Vaccination Hyderabad 1890-1903 - 1890-1903
Year: 1890
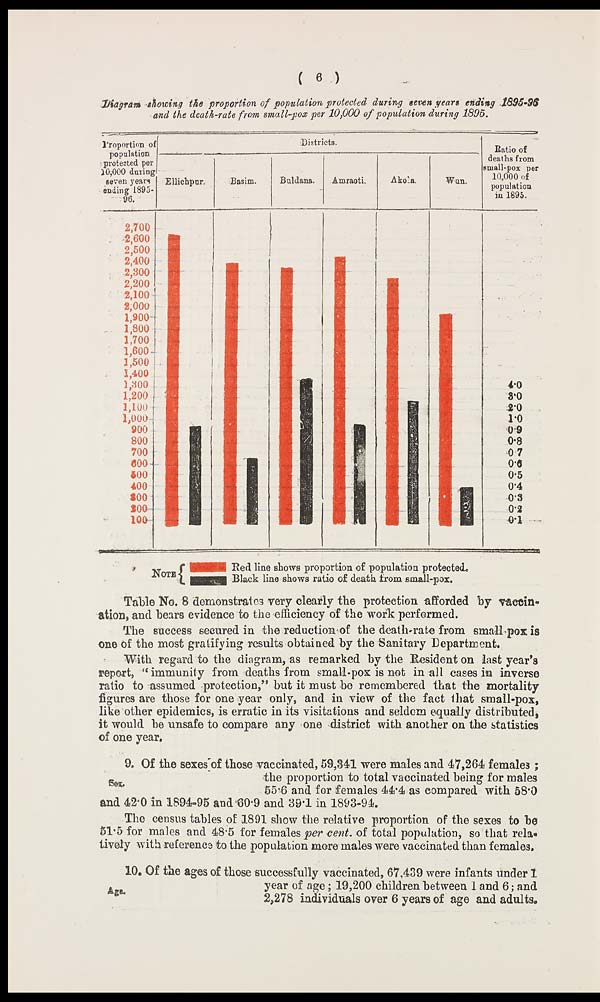
( 6 )
Diagram showing the proportion of population protected during seven years ending 1895-96
and the death-rate from small-pox per 10,000 of population during 1895.
Table No. 8 demonstrates very clearly the protection afforded by vaccin-
ation, and bears evidence to the efficiency of the work performed.
The success secured in the reduction of the death-rate from small-pox is
one of the most gratifying results obtained by the Sanitary Department.
With regard to the diagram, as remarked by the Resident on last year's
report, " immunity from deaths from small-pox is not in all cases in inverse
ratio to assumed protection," but it must be remembered that the mortality
figures are those for one year only, and in view of the fact that small-pox,
like other epidemics, is erratic in its visitations and seldom equally distributed,
it would be unsafe to compare any one district with another on the statistics
of one year.
Sex.
9. Of the sexes of those vaccinated, 59,341 were males and 47,264 females;
the proportion to total vaccinated being for males
55.6 and for females 44.4 as compared with 58.0
and 42.0 in 1894-95 and 60.9 and 39.1 in 1893-94.
The census tables of 1891 show the relative proportion of the sexes to be
51.5 for males and 48.5 for females per cent. of total population, so that rela¬
tively with reference to the population more males were vaccinated than females.
Age.
10. Of the ages of those successfully vaccinated, 67,439 were infants under 1
year of age; 19,200 children between 1 and 6 ; and
2,278 individuals over 6 years of age and adults.